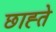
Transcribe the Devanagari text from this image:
छाह्ते